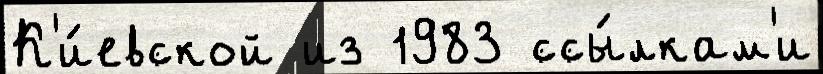
К'и́евской из 1983 ссы́лкам'и